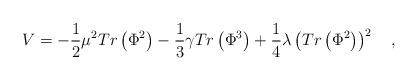
LaTeX: \begin{align*}V=-\frac{1}{2}\mu^2Tr\left(\Phi^2\right) -\frac{1}{3}\gamma Tr\left(\Phi^3\right) + \frac{1}{4} \lambda \left(Tr\left(\Phi^2\right)\right)^2\quad,\end{align*}